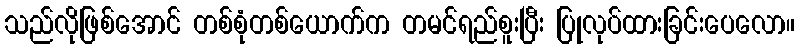
သည်လိုဖြစ်အောင် တစ်စုံတစ်ယောက်က တမင်ရည်စူးပြီး ပြုလုပ်ထားခြင်းပေလော။